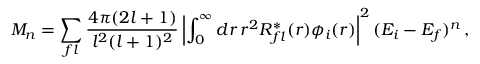
M _ { n } = \sum _ { f l } { \frac { 4 \pi ( 2 l + 1 ) } { l ^ { 2 } ( l + 1 ) ^ { 2 } } } \left| \int _ { 0 } ^ { \infty } d r \, r ^ { 2 } R _ { f l } ^ { * } ( r ) \phi _ { i } ( r ) \right| ^ { 2 } ( E _ { i } - E _ { f } ) ^ { n } \, ,